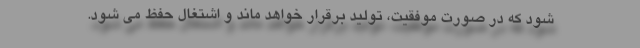
شود که در صورت موفقیت، تولید برقرار خواهد ماند و اشتغال حفظ می شود.